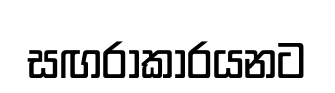
සඟරාකාරයනට